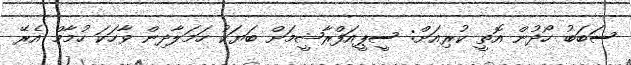
ސަބަބު ހޯދުން އޮތީ ކުރިއަށް: ސީޕީއަފްރާޝީމަށް ބަޔަކު ހަމަލާދިން ވާހަކަ ހުމާމް އެރޭ